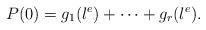
LaTeX: \begin{align*} P(0) = g_1(l^e) + \cdots + g_r(l^e). \end{align*}